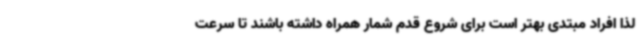
لذا افراد مبتدی بهتر است برای شروع قدم شمار همراه داشته باشند تا سرعت